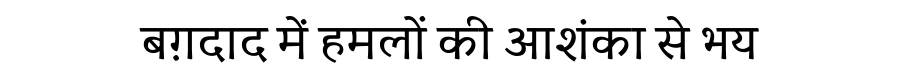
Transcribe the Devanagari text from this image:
बग़दाद में हमलों की आशंका से भय